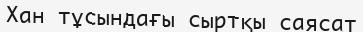
Хан тұсындағы сыртқы саясат